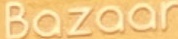
Bazaar